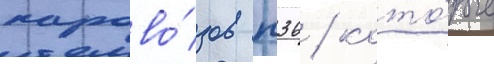
парово́зов п36 / кото́рые